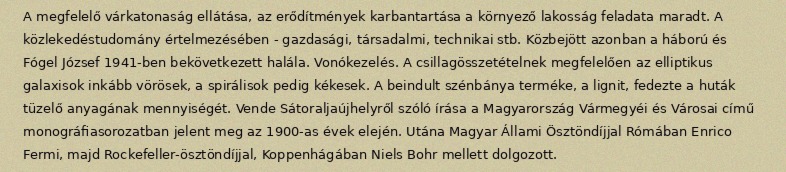
A megfelelő várkatonaság ellátása, az erődítmények karbantartása a környező lakosság feladata maradt. A közlekedéstudomány értelmezésében - gazdasági, társadalmi, technikai stb. Közbejött azonban a háború és Fógel József 1941-ben bekövetkezett halála. Vonókezelés. A csillagösszetételnek megfelelően az elliptikus galaxisok inkább vörösek, a spirálisok pedig kékesek. A beindult szénbánya terméke, a lignit, fedezte a huták tüzelő anyagának mennyiségét. Vende Sátoraljaújhelyről szóló írása a Magyarország Vármegyéi és Városai című monográfiasorozatban jelent meg az 1900-as évek elején. Utána Magyar Állami Ösztöndíjjal Rómában Enrico Fermi, majd Rockefeller-ösztöndíjjal, Koppenhágában Niels Bohr mellett dolgozott.